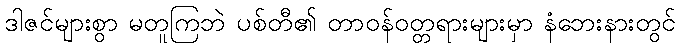
ဒါဇင်များစွာ မတူကြဘဲ ပစ်တီ၏ တာဝန်ဝတ္တရားများမှာ နံဘေးနားတွင်